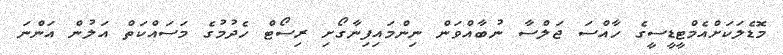
މޮޑެލަކަށްއެމްޓީޑީސީގެ ހާއްސަ ޖަލްސާ ނުބާއްވަން ނިންމައިފިނާގޯށި ރިސޯޓް ހެދުމުގެ މަސައްކަތް އަލުން އަންނަ